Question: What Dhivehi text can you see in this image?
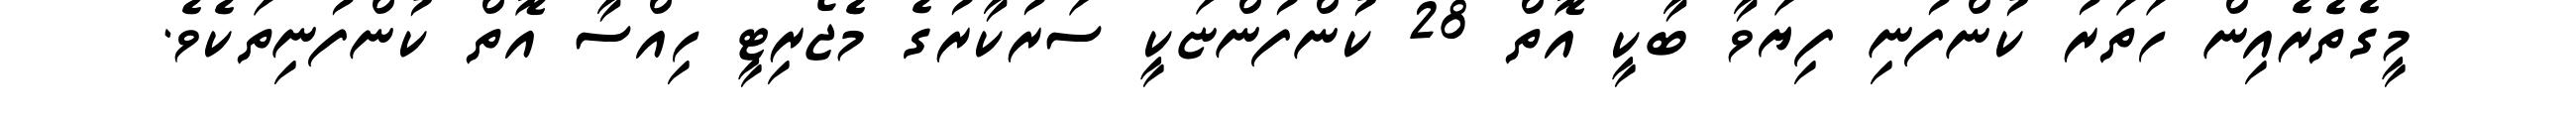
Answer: މީގެތެރެއިން ހަތަރު ކުންފުނި ފިޔަވާ ބާކީ އޮތް 28 ކުންފުންޏަކީ ސަރުކާރުގެ މެޖޯރިޓީ ހިއްސާ އޮތް ކުންފުނިތަކެވެ.